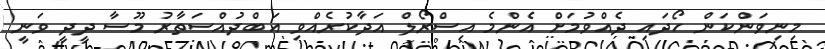
މިނިވަންކަން ހޯދައި ދެއްވުމަށް އެންމެ އިސްރޯލް އަދާކުރެއްވި އަބްދުއްސަތާރު މޫސާ ދީދީ ވަނީ